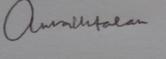
Signature authenticity: genuine